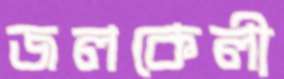
জলকেলী